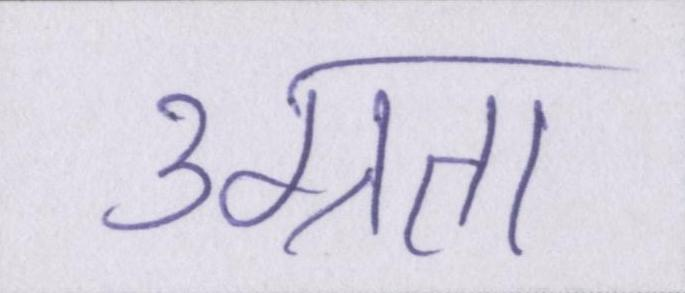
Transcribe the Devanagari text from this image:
उग्रता